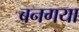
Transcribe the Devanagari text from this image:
बनगया